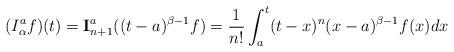
LaTeX: \begin{align*} (I_\alpha^a f )(t)= \textbf{I}_{n+1} ^a((t-a)^{\beta-1}f)=\frac{1}{n!}\int_a^t (t-x)^{n}(x-a)^{\beta-1}f(x)dx\end{align*}